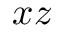
x z